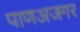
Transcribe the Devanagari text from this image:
पाणअजगर